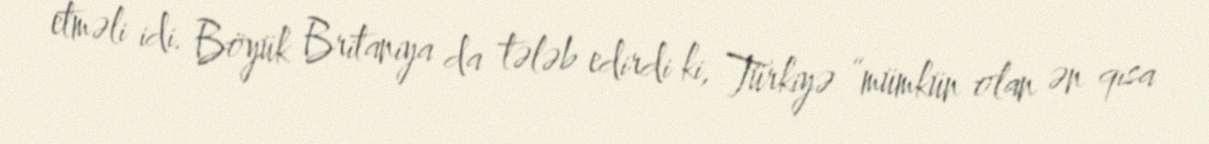
etməli idi. Böyük Britaniya da tələb edirdi ki, Türkiyə “mümkün olan ən qısa